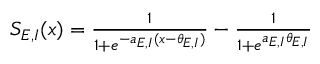
\begin{array} { r } { S _ { E , I } ( x ) = \frac { 1 } { 1 + e ^ { - a _ { E , I } ( x - \theta _ { E , I } ) } } - \frac { 1 } { 1 + e ^ { a _ { E , I } \theta _ { E , I } } } } \end{array}